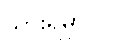
သွားရမှာပါ။